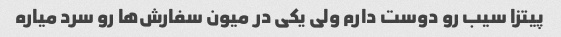
پیتزا سیب رو دوست دارم ولی یکی در میون سفارش‌ها رو سرد میاره